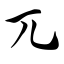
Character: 兀